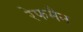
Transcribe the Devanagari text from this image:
रेफमैन